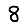
Digit: 8